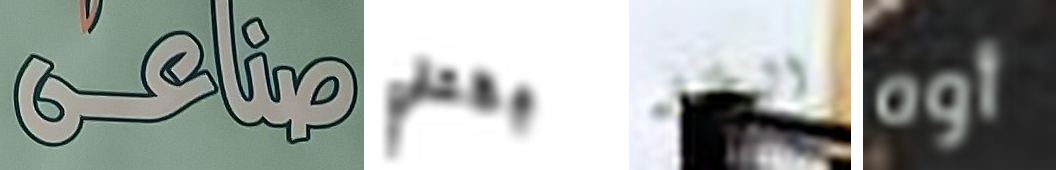
صناعى بقتلي البطاقه أوه